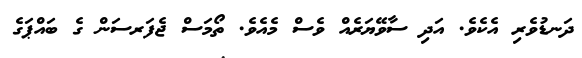
ދަނޑުވެރި އެކެވެ. އަދި ސާވޭޔަރެއް ވެސް މެއެވެ. ތޯމަސް ޖެފަރސަން ގެ ބައްޕަގެ